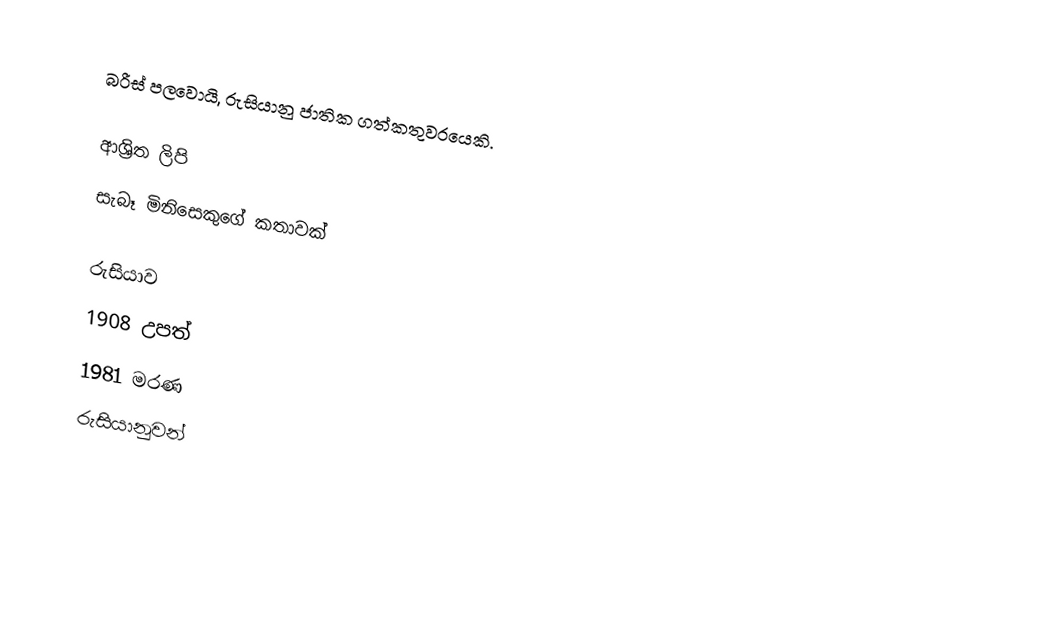
බරීස් පලවොයි, රුසියානු ජාතික ගත්කතුවරයෙකි.

ආශ්‍රිත ලිපි
සැබෑ මිනිසෙකුගේ කතාවක්

රුසියාව
1908 උපත්
1981 මරණ
රුසියානුවන්